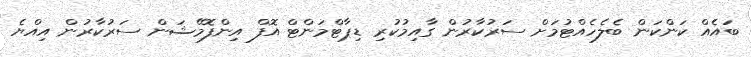
ބައެއް ކަންކަން ބެލެހެއްޓުމަށް ސަރުކާރުން ގާއިމުކުރި ޑިޕާޓްމަންޓް އޮފް އިންފޮމޭޝަން ސަރުކާރުން އިއްޔެ